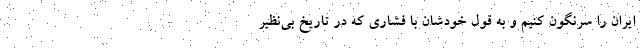
ایران را سرنگون کنیم و به قول خودشان با فشاری که در تاریخ بی‌نظیر